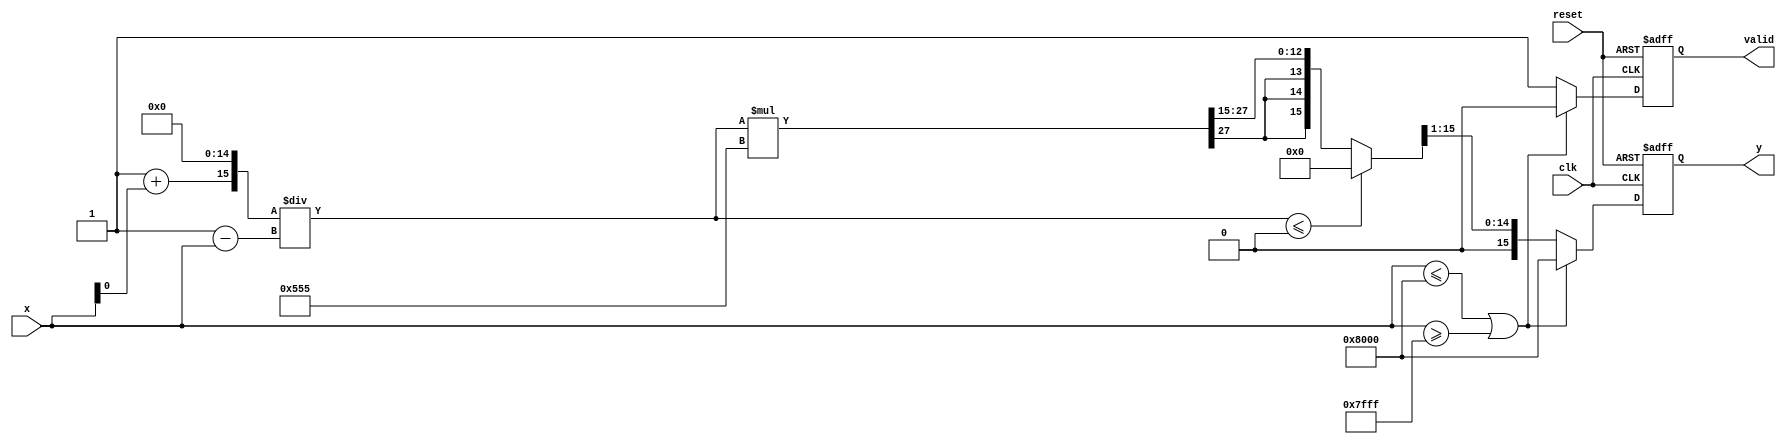
module atanh (
    input wire signed [15:0] x,       // Fixed-point input in range (-1, 1)
    output reg signed [15:0] y,       // Fixed-point output
    input wire clk,
    input wire reset,
    output reg valid
);

    // Parameters for fixed-point representation
    parameter WIDTH = 16;
    parameter FRAC_BITS = 15; // 1 bit for sign, 15 bits for fractional part

    reg signed [WIDTH-1:0] num, denom;
    reg signed [WIDTH-1:0] div_result;
    wire signed [WIDTH-1:0] log_result;
    
    // Example: Simple logarithm function (placeholder, replace with actual implementation)
    function [WIDTH-1:0] log_func(input signed [WIDTH-1:0] value);
        if (value <= 0)
            log_func = 0; // Invalid input for log
        else
            // Simple logarithm approximation (for example purposes)
            log_func = (value * 1365) >> FRAC_BITS; // This is a placeholder operation
    endfunction

    always @(posedge clk or posedge reset) begin
        if (reset) begin
            y <= 0;
            valid <= 0;
        end else begin
            valid <= 1; // Assume valid input by default

            // Step 1: Input Validation
            if (x <= -16'h8000 || x >= 16'h7FFF) begin // Check if x is out of range [-1, 1)
                y <= 16'h8000; // Output error value (e.g., -1)
                valid <= 0;
            end else begin
                // Step 2: Calculate Numerator and Denominator
                num = (16'h0001 + x); // 1 + x
                denom = (16'h0001 - x); // 1 - x
                
                // Step 3: Division (numerator / denominator)
                div_result = (num << FRAC_BITS) / denom; // Fixed point division
                
                // Step 4: Logarithm Calculation
                y = log_func(div_result); // Calculate log

                // Step 5: Scaling
                y = y >> 1; // Scale by 1/2
            end
        end
    end
endmodule